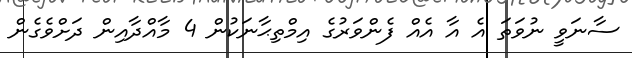
ސާނަވީ ނުވަތަ އެ އާ އެއް ފެންވަރުގެ އިމްތިޙާނަކުން 4 މާއްދާއިން ދަށްވެގެން